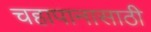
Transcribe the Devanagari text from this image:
चहापानासाठी